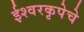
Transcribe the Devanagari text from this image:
ईश्वरकृपेचे